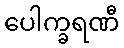
ပေါက္ခရဏီ